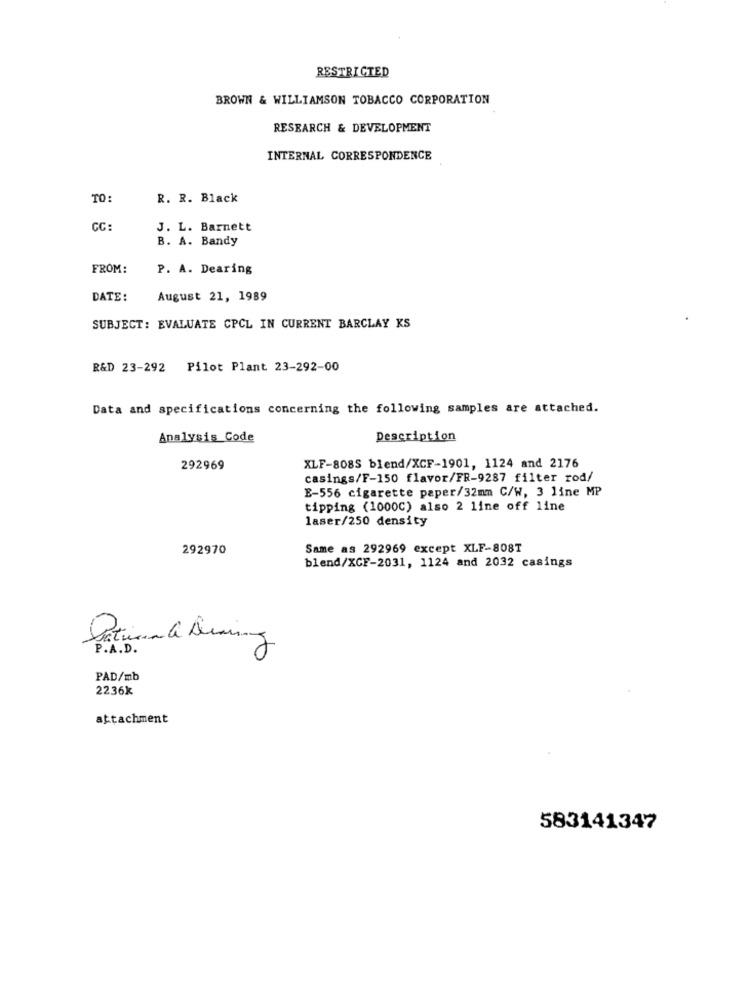
RESTRICTED
BROWN & WILLIAMSON TOBACCO CORPORATION
RESEARCH & DEVELOPMENT
INTERNAL CORRESPONDENCE
TO:
R. R. Black
CC:
J. L. Barnett
B. A. Bandy
FROM:
P. A. Dearing
DATE:
August 21, 1989
SUBJECT: EVALUATE CPCL IN CURRENT BARCLAY KS
R&D 23-292 Pilot Plant 23-292-00
Data and specifications concerning the following samples are attached.
Analysis Code
Description
XLF-808S blend/XCF-1901, 1124 and 2176
292969
casings/F-150 flavor/FR-9287 filter rod/
E-556 cigarette paper/32mm C/W, 3 line MP
tipping (1000C) also 2 line off line
laser/250 density
292970
Same as 292969 except XLF-808T
blend/XCF-2031, 1124 and 2032 casings
P . A . D .
PAD/mb
2236k
attachment
583141347